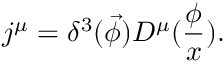
j ^ { \mu } = \delta ^ { 3 } ( \vec { \phi } ) D ^ { \mu } ( \frac \phi x ) .